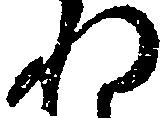
れ